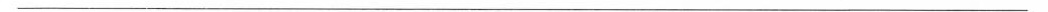
___